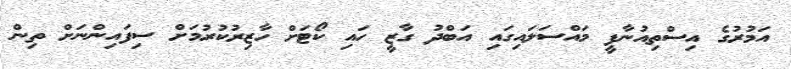
އަމުރުގެ އިސްތިއުނާފީ މައްސަލައިގައި އަބްދު ގާޒީ ހައި ކޯޓަށް ހާޒިރުކުރުމަށް ސިފައިންނަށް ތިން